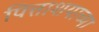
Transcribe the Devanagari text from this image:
पित्ताशयाच्या